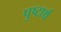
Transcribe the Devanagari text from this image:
पुष्टार्थ